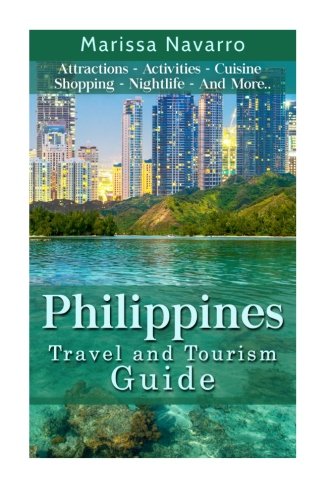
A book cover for Philippines  (Black and White Version): Travel and Tourism Guide (Asia, Travel, Guide) (Volume 1); Marissa Navarro; Travel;